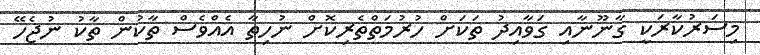
މިސަރުކާރަކީ ގާނޫނާއި ގަވާއިދު ތަކަށް ހުރުމަތްތެރިކޮށް ނުހިތާ އެއްވެސް ތާކުން ތާކު ނުޖެހޭ